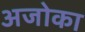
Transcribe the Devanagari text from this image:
अजोका